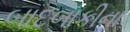
બાદબાકીના